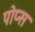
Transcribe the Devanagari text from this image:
पोप्स